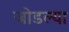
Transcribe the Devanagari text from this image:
जोडल्‍या